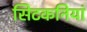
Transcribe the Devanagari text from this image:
सिटकनियां